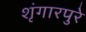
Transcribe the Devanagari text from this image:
शृंगारपुरे